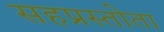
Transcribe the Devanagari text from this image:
सहप्रस्तोता